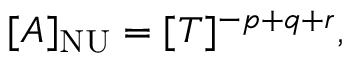
[ A ] _ { \mathrm { N U } } = [ T ] ^ { - p + q + r } ,